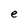
Character: e